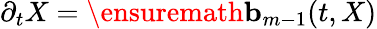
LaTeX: \partial_{t}X=\ensuremath{\mathbf{b}}_{m-1}(t,X)